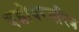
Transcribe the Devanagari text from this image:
यशोधरचरित्र